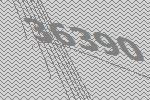
36390